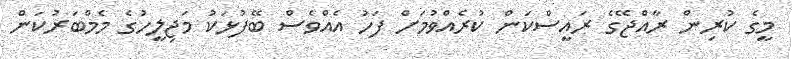
މީގެ ކުރިން ރާއްޖޭގެ ރައީސްކަން ކުރެއްވުމަށް ފަހު އެއްވެސް ބޭފުޅަކު މަޖިލީހުގެ މެމްބަރުކަން